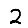
Digit: 2